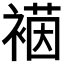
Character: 𮖡